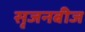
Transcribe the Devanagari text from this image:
सृजनबीज